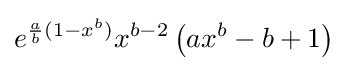
e^{{\frac {a}{b}}(1-x^{b})}x^{b-2}\left(ax^{b}-b+1\right)